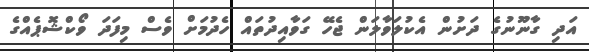
އަދި ގާނޫނުގެ ދަށުން އެކުލަވާލަން ޖެހޭ ގަވާއިދުތައް ހެދުމަށް ވެސް މިފަދަ ވޯކްޝޮޕެއްގެ